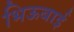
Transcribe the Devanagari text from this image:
भिऊबाई